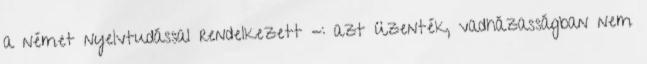
a német nyelvtudással rendel­kezett -: azt üzenték, vadházasságban nem